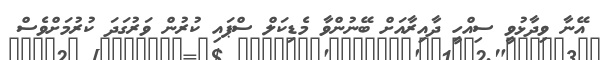
އޭނާ ވިދާޅުވީ ސިއްހީ ދާއިރާއަށް ބޭނުންވާ މެޑިކަލް ސްޕައި ކުރުން ވަރުގަދަ ކުރުމަށްވެސް